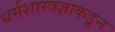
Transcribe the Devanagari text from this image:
धर्मशास्त्रज्ञाकडून